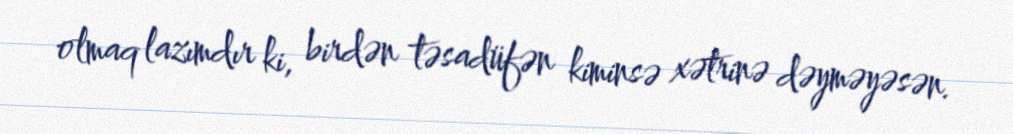
olmaq lazımdır ki, birdən təsadüfən kiminsə xətrinə dəyməyəsən.